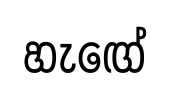
හැඟේ